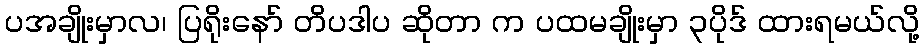
ပအချိုးမှာလ၊ ပြရိုးနော် တိပဒါပ ဆိုတာ က ပထမချိုးမှာ ၃ပိုဒ် ထားရမယ်လို့